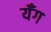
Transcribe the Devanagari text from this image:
यँग